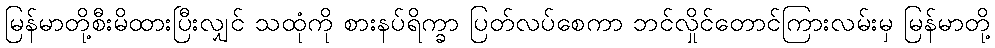
မြန်မာတို့စီးမိထားပြီးလျှင် သထုံကို စားနပ်ရိက္ခာ ပြတ်လပ်စေကာ ဘင်လှိုင်တောင်ကြားလမ်းမှ မြန်မာတို့